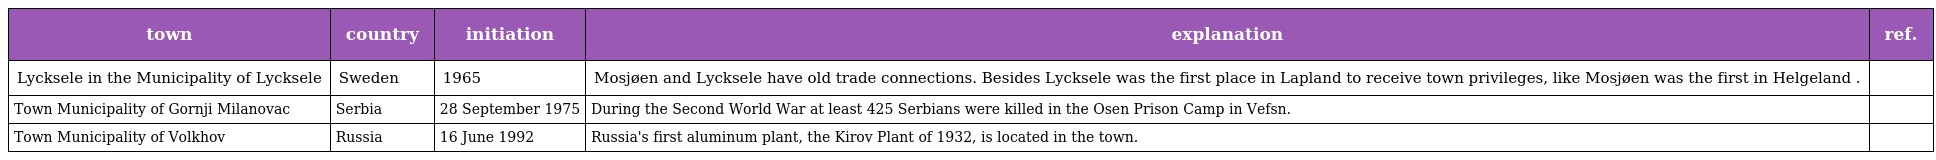
| town | country | initiation | explanation | ref. |
 | --- | --- | --- | --- | --- |
 | Lycksele in the Municipality of Lycksele | Sweden | 1965 | Mosjøen and Lycksele have old trade connections. Besides Lycksele was the first place in Lapland to receive town privileges, like Mosjøen was the first in Helgeland . |  |
 | Town Municipality of Gornji Milanovac | Serbia | 28 September 1975 | During the Second World War at least 425 Serbians were killed in the Osen Prison Camp in Vefsn. |  |
 | Town Municipality of Volkhov | Russia | 16 June 1992 | Russia's first aluminum plant, the Kirov Plant of 1932, is located in the town. |  |